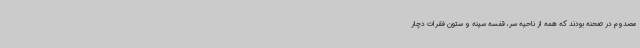
مصدوم در صحنه بودند که همه از ناحیه سر، قفسه سینه و ستون فقرات دچار